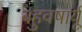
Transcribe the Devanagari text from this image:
बहुवषार्यू